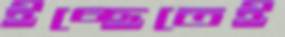
ইচ্ছেতেই